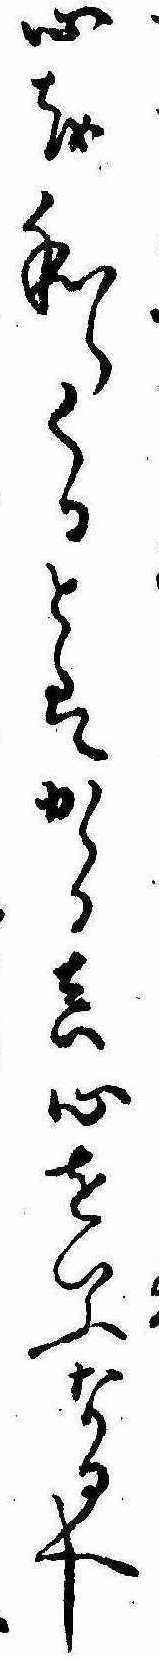
心を和らくるとはかゝる真心をいふなるへし